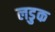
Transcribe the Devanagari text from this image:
लडुक